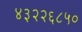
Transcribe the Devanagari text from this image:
४३२२६८५०